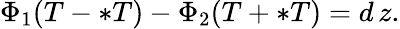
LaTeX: \Phi_{1}(T-\ast T)-\Phi_{2}(T+\ast T)=d\, z.